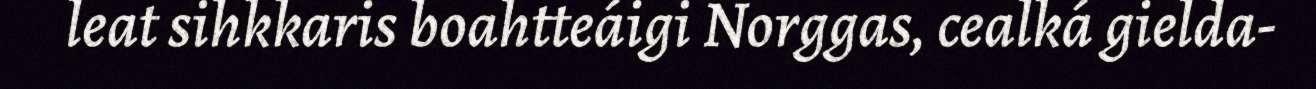
leat sihkkaris boahtteáigi Norggas, cealká gielda-